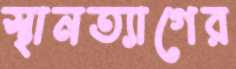
স্থানত্যাগের